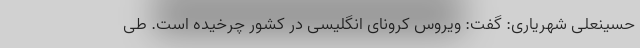
حسینعلی شهریاری: گفت: ویروس کرونای انگلیسی در کشور چرخیده است. طی